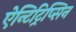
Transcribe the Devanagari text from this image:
ऐन्टिट्रिप्सिन